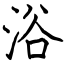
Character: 浴